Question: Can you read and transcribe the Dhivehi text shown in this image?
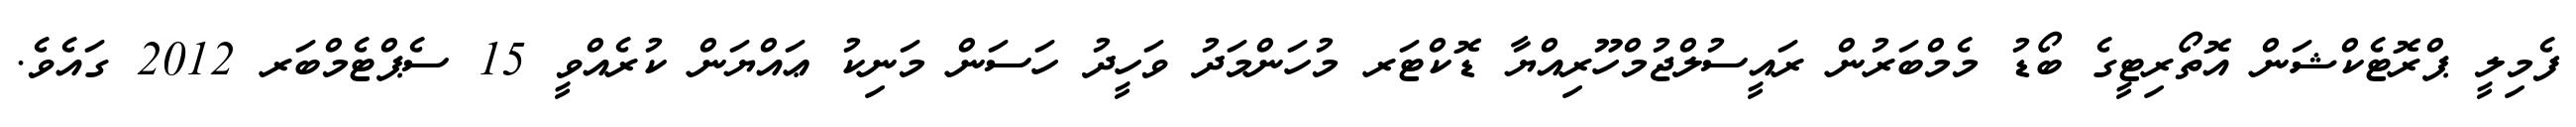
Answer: ފެމިލީ ޕްރޮޓެކްޝަން އޮތޯރިޓީގެ ބޯޑު މެމްބަރުން ރައީސުލްޖުމްހޫރިއްޔާ ޑޮކްޓަރ މުހަންމަދު ވަހީދު ހަސަން މަނިކު ޢައްޔަން ކުރެއްވީ 15 ސެޕްޓެމްބަރ 2012 ގައެވެ.